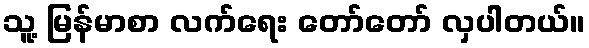
သူ့ မြန်မာစာ လက်ရေး တော်တော် လှပါတယ်။